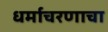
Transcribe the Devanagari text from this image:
धर्माचरणाचा